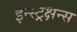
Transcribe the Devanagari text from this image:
इन्स्ट्रक्षन्स